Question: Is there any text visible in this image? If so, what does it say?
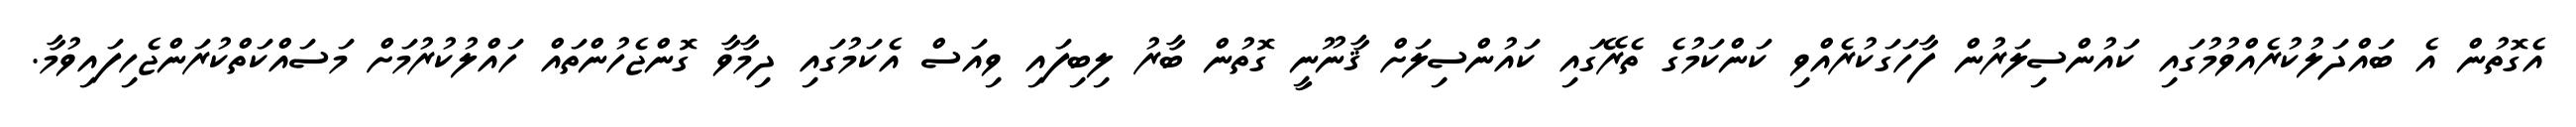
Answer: އެގޮތުން އެ ބައްދަލުކުރެއްވުމުގައި ކައުންސިލަރުން ފާހަގަކުރެއްވި ކަންކަމުގެ ތެރޭގައި ކައުންސިލަށް ޤާނޫނީ ގޮތުން ބާރު ލިބިފައި ވިއަސް އެކަމުގައި ދިމާވާ ގޮންޖެހުންތައް ހައްލުކުރުމަށް މަސައްކަތްކުރަންޖެހިފައިވުމާ.